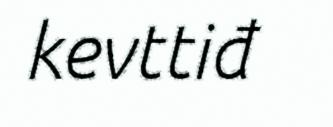
kevttiđ